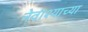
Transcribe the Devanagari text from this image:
नेवाश्याच्या